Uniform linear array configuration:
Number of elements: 12
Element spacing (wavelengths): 0.5
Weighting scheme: hann
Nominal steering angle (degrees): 45
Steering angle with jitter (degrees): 44.407
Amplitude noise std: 0.05
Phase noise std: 0.05

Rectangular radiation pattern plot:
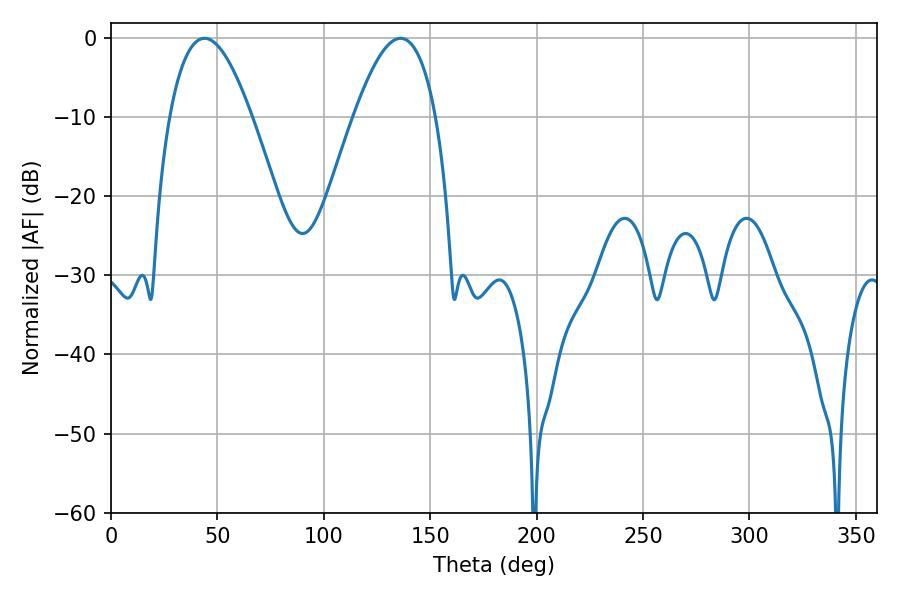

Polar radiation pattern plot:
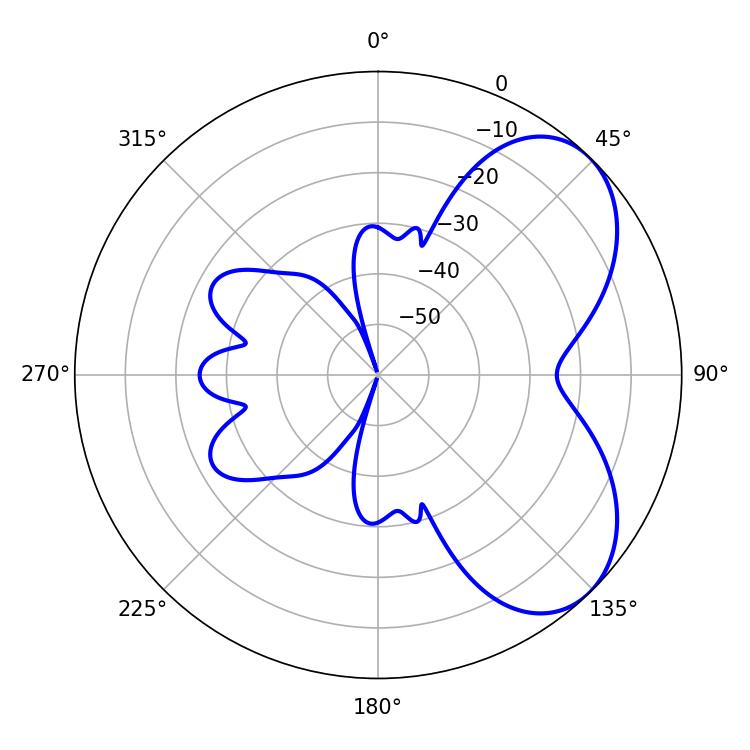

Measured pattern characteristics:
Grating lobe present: FALSE
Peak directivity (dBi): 5.531
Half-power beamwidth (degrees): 21.24
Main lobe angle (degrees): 43.92